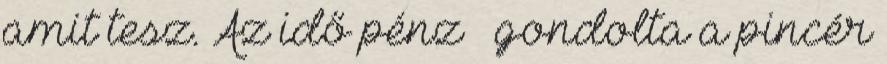
amit tesz. Az idő pénz – gondolta a pincér